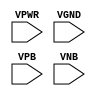
module sky130_fd_sc_hdll__fill (
    VPWR,
    VGND,
    VPB ,
    VNB
);

    // Module ports
    input VPWR;
    input VGND;
    input VPB ;
    input VNB ;
     // No contents.
endmodule